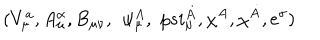
LaTeX: ( V _ { \mu } ^ { a } , A _ { \mu } ^ { \alpha } , B _ { \mu \nu } , \, \ \psi _ { \mu } ^ { A } , \, \, p s i _ { \mu } ^ { \dot { A } } , \chi ^ { A } , \chi ^ { \dot { A } } , e ^ { \sigma } )